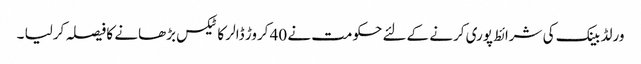
ورلڈ بینک کی شرائط پوری کرنے کےلئے حکومت نے 40 کروڑ ڈالر کا ٹیکس بڑھانے کا فیصلہ کرلیا ۔